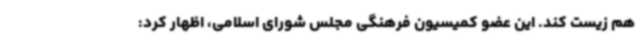
هم زیست کند. این عضو کمیسیون فرهنگی مجلس شورای اسلامی، اظهار کرد: